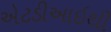
એટડીઆઇથી